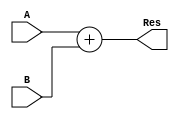
module adder (
    input wire[31:0] A,
    input wire[31:0] B,
    output wire[31:0] Res
);

assign Res = A + B;

endmodule